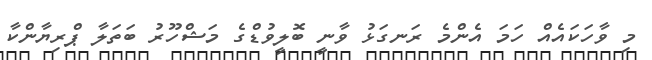
މި ވާހަކައެއް ހަމަ އެންމެ ރަނގަޅު ވާނީ ބޮލީވުޑްގެ މަޝްހޫރު ބަތަލާ ޕްރިޔާންކާ